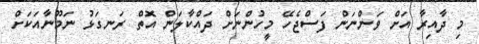
މި ދާއިރާ އަށް ވަންނަން ފަސްޖެހޭ މީހުންނަށް ދައްކާލަން އޮތް ރަނގަޅު ނަމޫނާއަކަށް